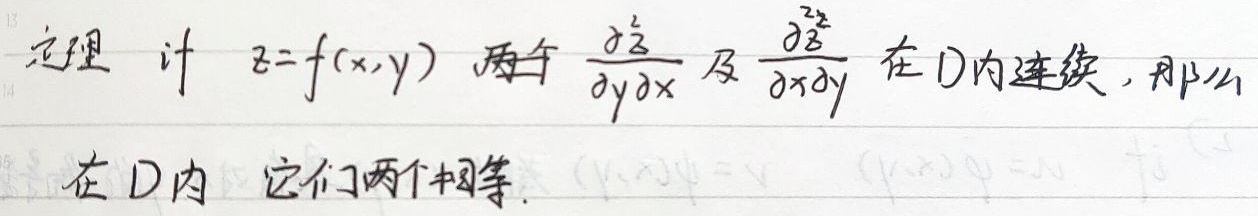
定理：若\(z = f(x,y)\) 的两个二阶混合偏导数\(\frac{\partial^{2}z}{\partial y\partial x}\) 及\(\frac{\partial^{2}z}{\partial x\partial y}\) 在区域\(D\) 内连续，那么在\(D\) 内它们两个相等。